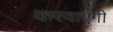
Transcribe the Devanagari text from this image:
करवाएगी